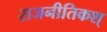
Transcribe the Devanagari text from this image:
राजनीतिकश्